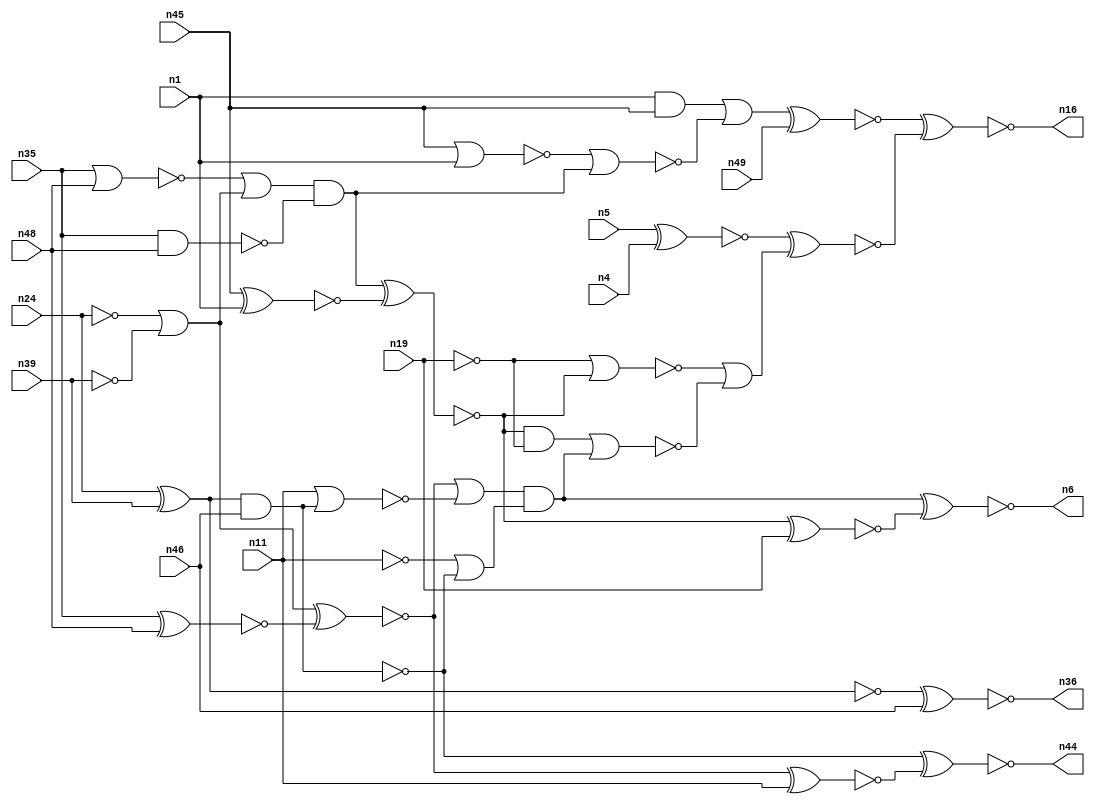
module top( n1 , n4 , n5 , n6 , n11 , n16 , n19 , n24 , n35 , 
n36 , n39 , n44 , n45 , n46 , n48 , n49 );
    input n1 , n4 , n5 , n11 , n19 , n24 , n35 , n39 , n45 , 
n46 , n48 , n49 ;
    output n6 , n16 , n36 , n44 ;
    wire n0 , n2 , n3 , n7 , n8 , n9 , n10 , n12 , n13 , 
n14 , n15 , n17 , n18 , n20 , n21 , n22 , n23 , n25 , n26 , 
n27 , n28 , n29 , n30 , n31 , n32 , n33 , n34 , n37 , n38 , 
n40 , n41 , n42 , n43 , n47 ;
    not g0 ( n38 , n11 );
    xnor g1 ( n43 , n47 , n49 );
    not g2 ( n10 , n30 );
    xnor g3 ( n6 , n7 , n23 );
    or g4 ( n34 , n26 , n8 );
    nor g5 ( n15 , n20 , n7 );
    xnor g6 ( n27 , n35 , n48 );
    xnor g7 ( n41 , n5 , n4 );
    xnor g8 ( n14 , n18 , n3 );
    xnor g9 ( n23 , n14 , n19 );
    xnor g10 ( n31 , n24 , n39 );
    nand g11 ( n13 , n35 , n48 );
    xnor g12 ( n25 , n0 , n11 );
    nor g13 ( n28 , n22 , n18 );
    xnor g14 ( n36 , n31 , n46 );
    and g15 ( n18 , n32 , n13 );
    not g16 ( n8 , n39 );
    and g17 ( n30 , n21 , n46 );
    nor g18 ( n22 , n45 , n1 );
    xnor g19 ( n0 , n34 , n27 );
    nor g20 ( n9 , n35 , n48 );
    xnor g21 ( n3 , n45 , n1 );
    or g22 ( n12 , n38 , n10 );
    and g23 ( n7 , n2 , n12 );
    and g24 ( n20 , n14 , n29 );
    not g25 ( n21 , n31 );
    or g26 ( n17 , n40 , n15 );
    or g27 ( n2 , n0 , n37 );
    or g28 ( n32 , n9 , n34 );
    xnor g29 ( n42 , n41 , n17 );
    xnor g30 ( n16 , n43 , n42 );
    and g31 ( n33 , n1 , n45 );
    nor g32 ( n37 , n11 , n30 );
    xnor g33 ( n44 , n10 , n25 );
    not g34 ( n26 , n24 );
    not g35 ( n29 , n19 );
    nor g36 ( n40 , n29 , n14 );
    or g37 ( n47 , n33 , n28 );
endmodule